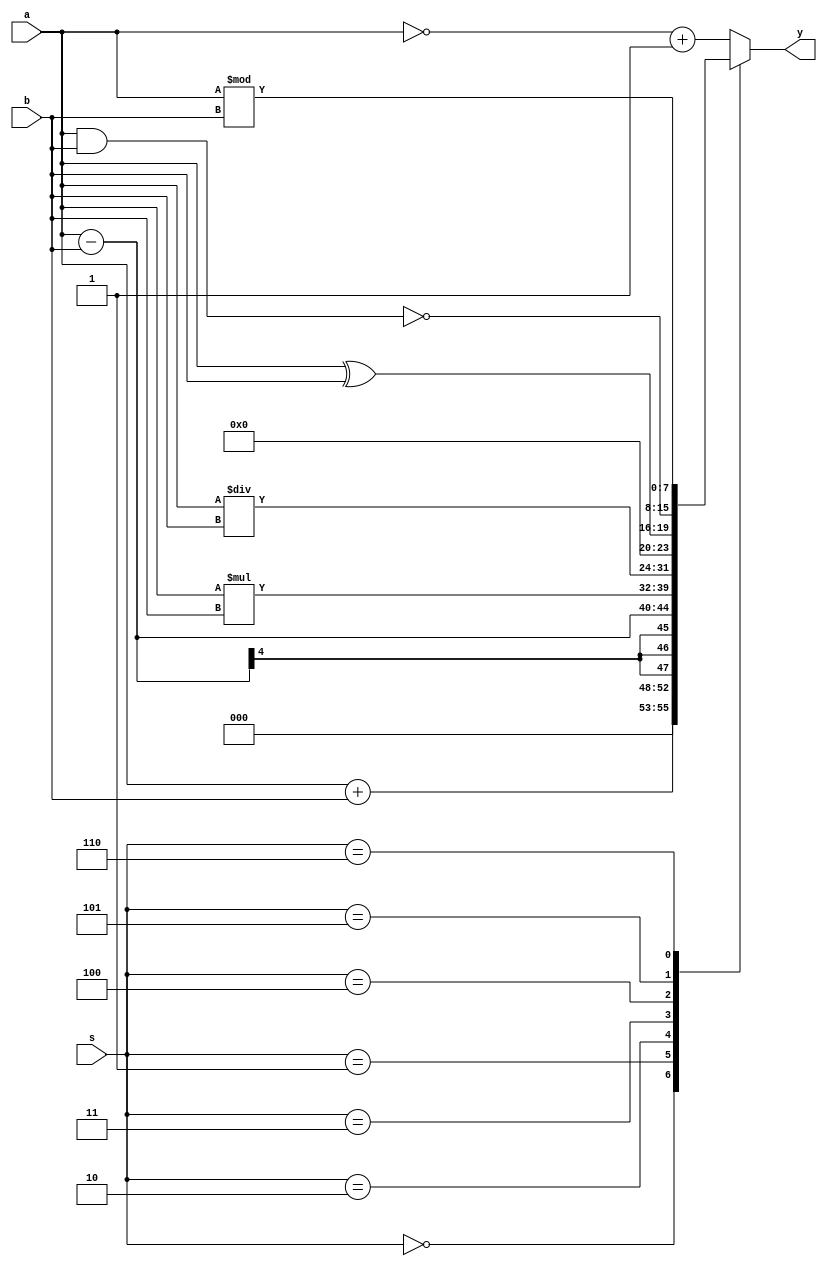
`timescale 1ns / 1ps
//////////////////////////////////////////////////////////////////////////////////
// Company: 
// Engineer: 
// 
// Design Name: 
// Module Name:    ALU 
// Project Name: 
// Target Devices: 
// Tool versions: 
// Description: 
//
// Dependencies: 
//
// Revision: 
// Revision 0.01 - File Created
// Additional Comments: 
//
//////////////////////////////////////////////////////////////////////////////////
//20L118 HARIHARAN R R
	 module ALU(
    input [3:0] a,b,
    input [2:0] s,
    output reg [7:0] y
    );


always @(a,b,s) 

begin
case(s)

3'b000:y=a+b;

3'b001:y=a-b;

3'b010:y=a*b;

3'b011:y=a/b;

3'b100:y=a^b;

3'b101:y=~(a&b);

3'b110:y=a%b;

default:y=(~a)+1;

endcase

end

endmodule